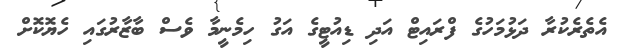
އެތެރެކުރާ ދަޅުމަހުގެ ފްރައިޓް އަދި ޑިއުޓީގެ އަގު ހިމެނީމާ ވެސް ބާޒާރުގައި ހެޔޮކޮށް